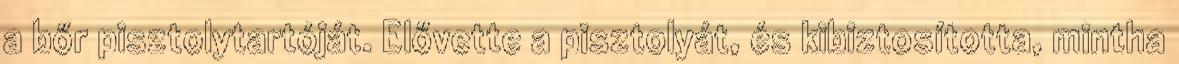
a bőr pisztolytartóját. Elővette a pisztolyát, és kibiztosította, mintha